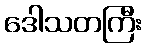
ဒေါသတကြီး